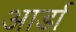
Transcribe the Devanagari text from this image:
आर्डा